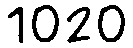
1020